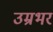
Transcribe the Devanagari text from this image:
उम्रभर